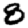
Digit: 8